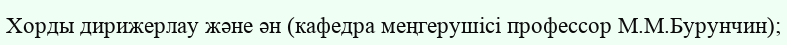
Хорды дирижерлау және ән (кафедра меңгерушісі профессор М.М.Бурунчин);